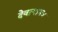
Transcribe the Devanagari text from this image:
देवागाम४